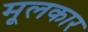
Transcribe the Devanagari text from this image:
मूलकार